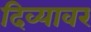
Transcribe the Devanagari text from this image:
दिव्यावर